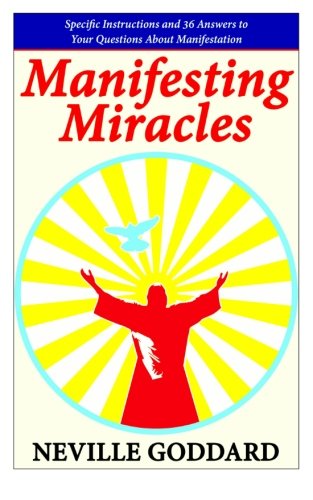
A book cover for Manifesting Miracles: Specific Instructions and 36 Answers to Your Questions About Manifestation (Neville Explains the Bible); Neville Goddard; Religion & Spirituality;